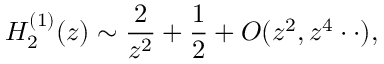
H _ { 2 } ^ { ( 1 ) } ( z ) \sim \frac { 2 } { z ^ { 2 } } + \frac { 1 } { 2 } + { \cal O } ( z ^ { 2 } , z ^ { 4 } \cdot \cdot ) ,